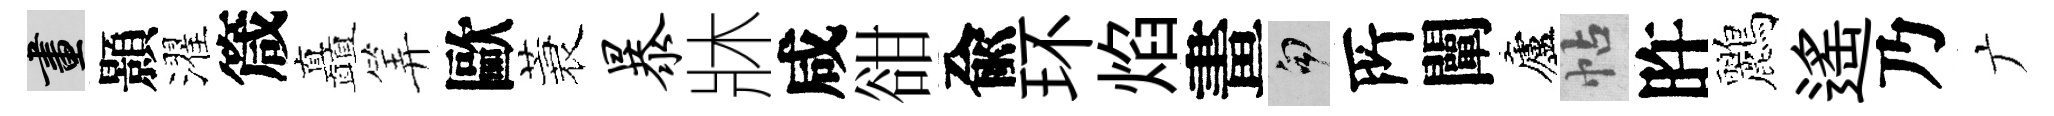
畫顥濯箴矗筭歐蓑暴牀咸𧮳兪环焰畫句𠩄闡廬帖旿鸝遥乃广